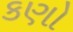
કણો